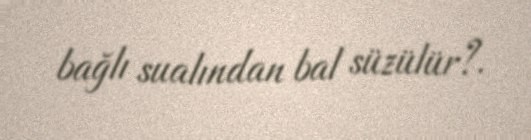
bağlı sualından bal süzülür?.